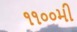
૧૧૦૦મી